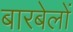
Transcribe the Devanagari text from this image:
बारबेलों